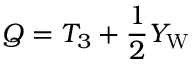
Q = T _ { 3 } + { \frac { 1 } { 2 } } Y _ { \mathrm { W } }